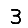
Digit: 3